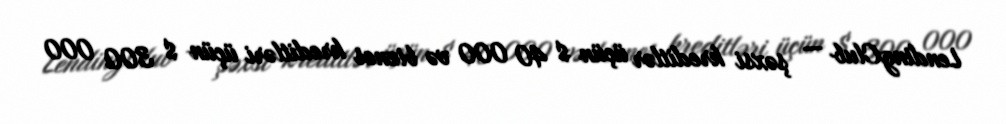
LendingClub — şəxsi kreditlər üçün $ 40 000 və biznes kreditləri üçün $ 300 000